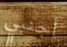
أجنبي